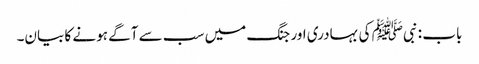
باب : نبیﷺ کی بہادری اور جنگ میں سب سے آگے ہونے کا بیان۔